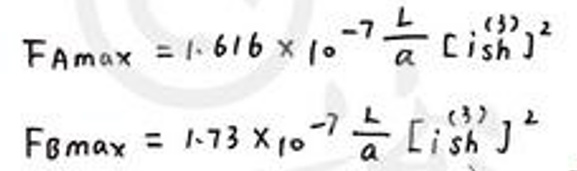
\begin{align*}
F_{Amax}&=1.616\times10^{-7}\frac{L}{a}\left[i_{sh}^{(3)}\right]^2\\
F_{Bmax}&=1.73\times10^{-7}\frac{L}{a}\left[i_{sh}^{(3)}\right]^2
\end{align*}